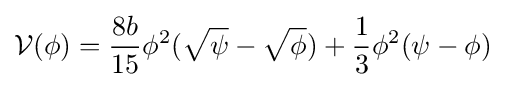
{\mathcal {V}}(\phi )={\frac {8b}{15}}\phi ^{2}({\sqrt {\psi }}-{\sqrt {\phi }})+{\frac {1}{3}}\phi ^{2}(\psi -\phi )